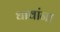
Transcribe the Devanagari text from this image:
धावांना